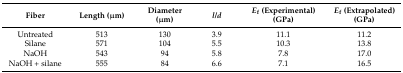
<table><thead><tr><td><b>Fiber</b></td><td><b>Length (μm)</b></td><td><b>Diameter (μm)</b></td><td><b><i>l</i>/<i>d</i></b></td><td><b><i>E</i><sub>f</sub> (Experimental) (GPa)</b></td><td><b><i>E</i><sub>f</sub> (Extrapolated) (GPa)</b></td></tr></thead><tbody><tr><td>Untreated</td><td>513</td><td>130</td><td>3.9</td><td>11.1</td><td>11.2</td></tr><tr><td>Silane</td><td>571</td><td>104</td><td>5.5</td><td>10.3</td><td>13.8</td></tr><tr><td>NaOH</td><td>543</td><td>94</td><td>5.8</td><td>7.8</td><td>17.0</td></tr><tr><td>NaOH + silane</td><td>555</td><td>84</td><td>6.6</td><td>7.1</td><td>16.5</td></tr></tbody></table>